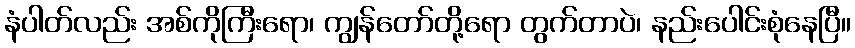
နံပါတ်လည်း အစ်ကိုကြီးရော၊ ကျွန်တော်တို့ရော တွက်တာပဲ၊ နည်းပေါင်းစုံနေပြီ။